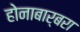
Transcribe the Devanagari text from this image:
होनाबार्बरा